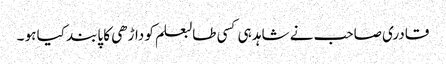
قادری صاحب نے شاہد ہی کسی طالبعلم کو داڑھی کا پابند کیا ہو ۔